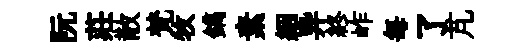
阮莊散梵牧鐫素絪异終岞每了芃